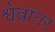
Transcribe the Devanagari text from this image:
श्वेबांतर